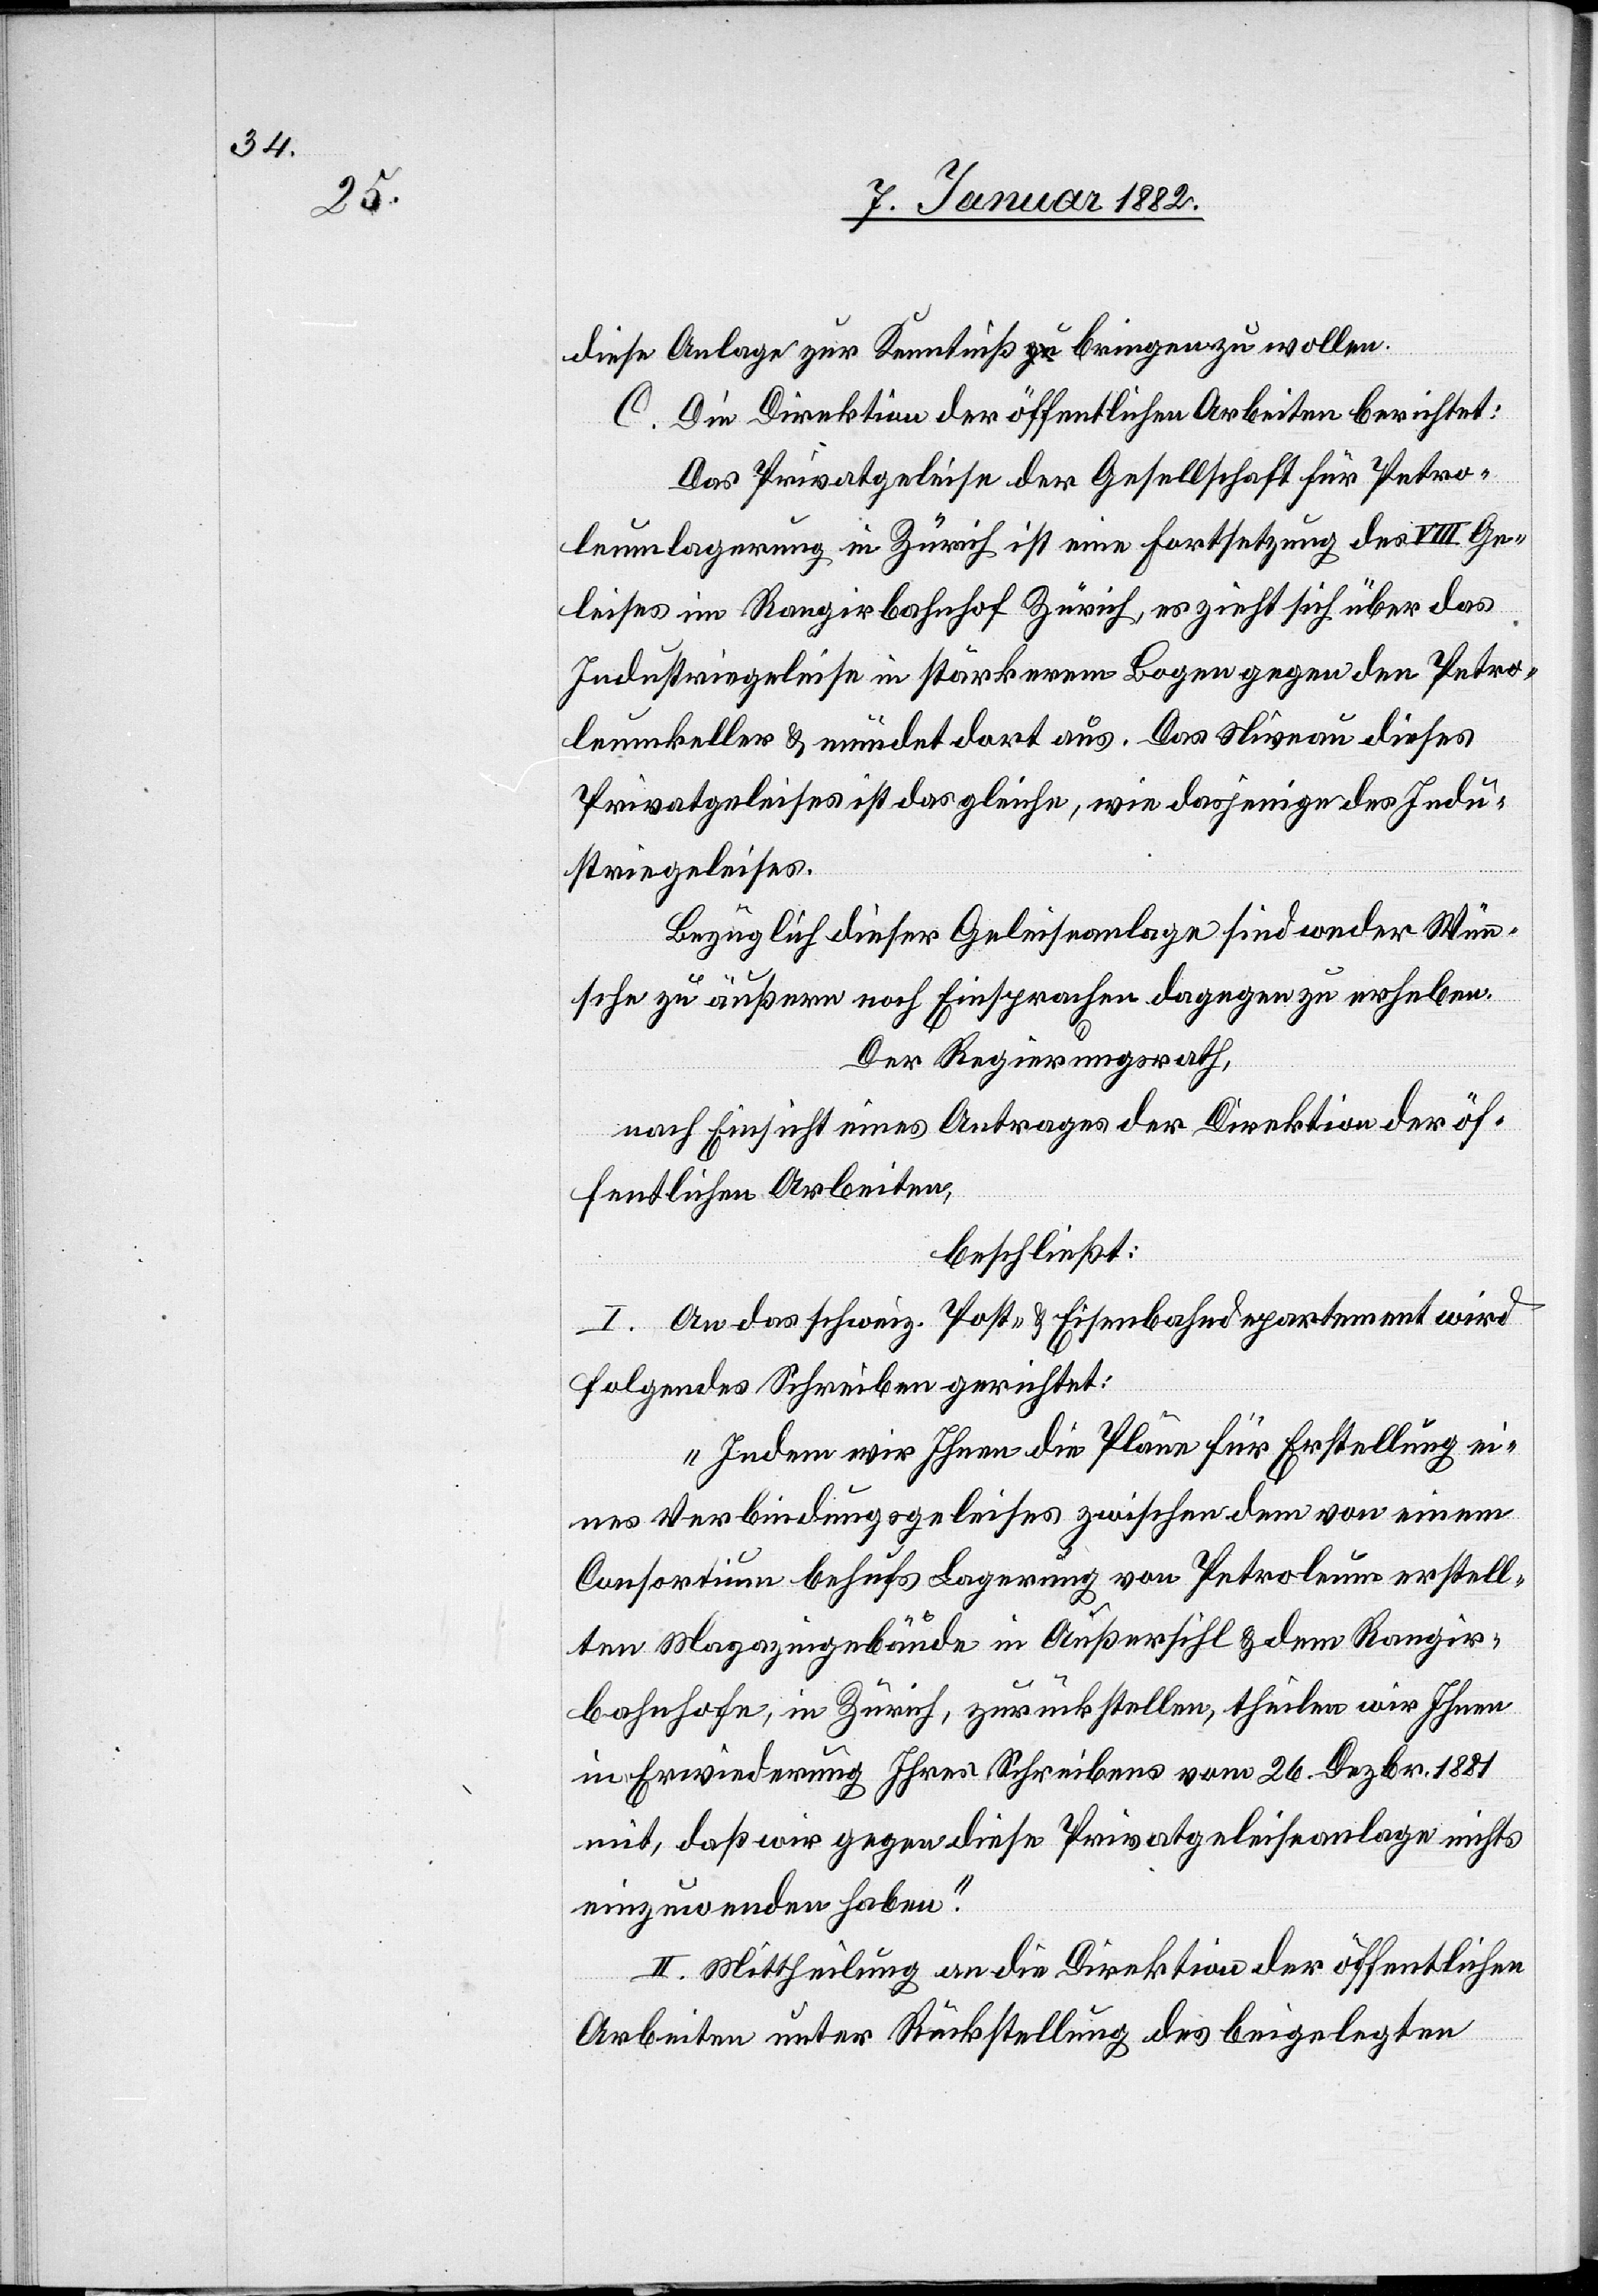
diese Anlage zur Kenntniß bringen zu wollen.
C. Die Direktion der öffentlichen Arbeiten berichtet:
Das Privatgeleise der Gesellschaft für Petro¬
leumlagerung in Zürich ist eine Fortsetzung des VIII. Ge¬
leises im Rangirbahnhof Zürich, es zieht sich über das
Industriegeleise in stärkerem Bogen gegen den Petro¬
leumkeller & mündet dort aus. Das Niveau dieses
Privatgeleises ist das gleiche, wie dasjenige des Indu¬
striegeleises.
Bezüglich dieser Geleiseanlage sind weder Wün¬
sche zu äußern noch Einsprachen dagegen zu erheben.
Der Regierungsrath,
nach Einsicht eines Antrages der Direktion der öf¬
fentlichen Arbeiten,
beschließt:
I. An das schweiz. Post- & Eisenbahndepartement wird
folgendes Schreiben gerichtet:
„Indem wir Ihnen die Pläne für Erstellung ei¬
nes Verbindungsgeleises zwischen dem von einem
Consortium behufs Lagerung von Petroleum erstell¬
ten Magazingebäude in Außersihl & dem Rangir¬
bahnhofe, in Zürich, zurückstellen, theilen wir Ihnen
in Erwiederung Ihres Schreibens vom 26. Dezbr. 1881
mit, daß wir gegen diese Privatgeleiseanlage nichts
einzuwenden haben.
II. Mittheilung an die Direktion der öffentlichen
Arbeiten unter Rückstellung des beigelegten